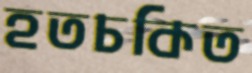
হতচকিত